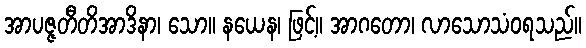
အာပဇ္ဇတီတိအာဒိနာ၊ သော။ နယေန၊ ဖြင့်။ အာဂတော၊ လာသောသံဝရသည်။